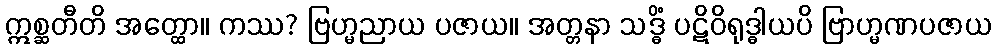
ဣစ္ဆတီတိ အတ္ထော။ ကဿ? ဗြဟ္မညာယ ပဇာယ။ အတ္တနာ သဒ္ဓိံ ပဋိဝိရုဒ္ဓါယပိ ဗြာဟ္မဏပဇာယ